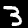
Label: 3